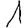
Digit: 1